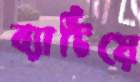
ব্যাটিয়ে